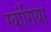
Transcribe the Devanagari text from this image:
स्वांगिया